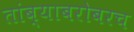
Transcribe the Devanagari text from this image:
तांब्याबरोबरच